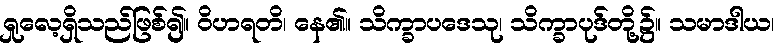
ရှုလေ့ရှိသည်ဖြစ်၍။ ဝိဟရတိ၊ နေ၏။ သိက္ခာပဒေသု၊ သိက္ခာပုဒ်တို့၌။ သမာဒါယ၊